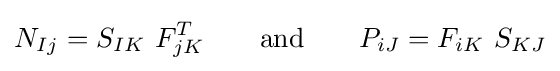
N_{Ij}=S_{IK}~F_{jK}^{T}\qquad {\text{and}}\qquad P_{iJ}=F_{iK}~S_{KJ}